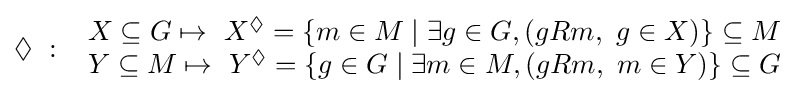
{\textstyle \Diamond \ :\ {\begin{array}{c}X\subseteq G\mapsto \ X^{\Diamond }=\lbrace m\in M\mid \exists g\in G,(gRm,\ g\in X)\rbrace \subseteq M\\Y\subseteq M\mapsto \ Y^{\Diamond }=\lbrace g\in G\mid \exists m\in M,(gRm,\ m\in Y)\rbrace \subseteq G\end{array}}}